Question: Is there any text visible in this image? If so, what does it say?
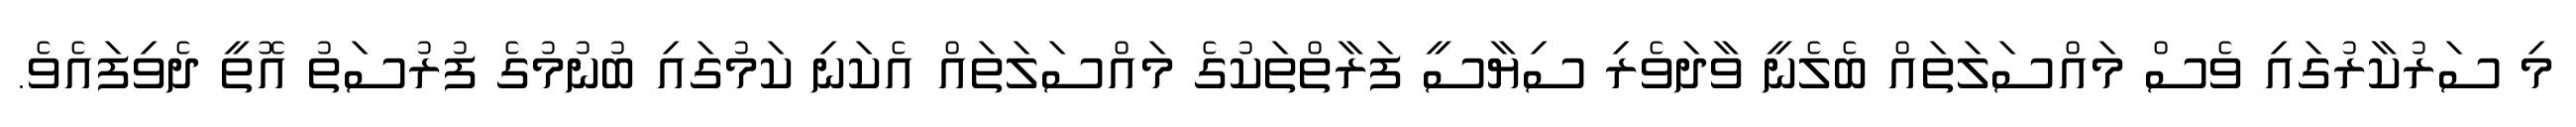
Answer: މި ސަރުކާރުގައި ވެސް މައްސަލަތައް ބެލެނީ ވާދަވެރި ސިޔާސީ ފަރާތްތަކުގެ މައްސަލަތައް އެކަނި ކަމުގައި ބުނުމުގެ ފުރުސަތު އޮތީ ދެވިފައެވެ.